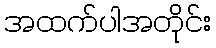
အထက်ပါအတိုင်း